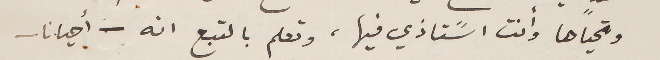
وتحياها وأنت اسًتاذي فيها، وتعلم بالتبع انه - أحيانا -